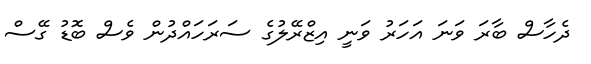
ދެހާސް ބާރަ ވަނަ އަހަރު ވަނީ އިޒްރޭލުގެ ސަރަހައްދުން ވެސް ބޮޑު ގޭސް